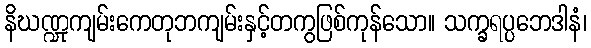
နိဃဏ္ဍုကျမ်းကေတုဘကျမ်းနှင့်တကွဖြစ်ကုန်သော။ သက္ခရပ္ပဘေဒါနံ၊